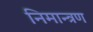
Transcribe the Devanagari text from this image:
निमान्त्रण